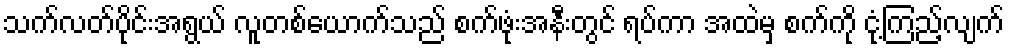
သက်လတ်ပိုင်းအရွယ် လူတစ်ယောက်သည် စက်ဖုံးအနီးတွင် ရပ်ကာ အထဲမှ စက်ကို ငုံ့ကြည့်လျက်